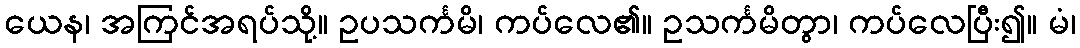
ယေန၊ အကြင်အရပ်သို့။ ဥပသင်္ကမိ၊ ကပ်လေ၏။ ဥသင်္ကမိတွာ၊ ကပ်လေပြီး၍။ မံ၊